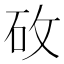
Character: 𬑿